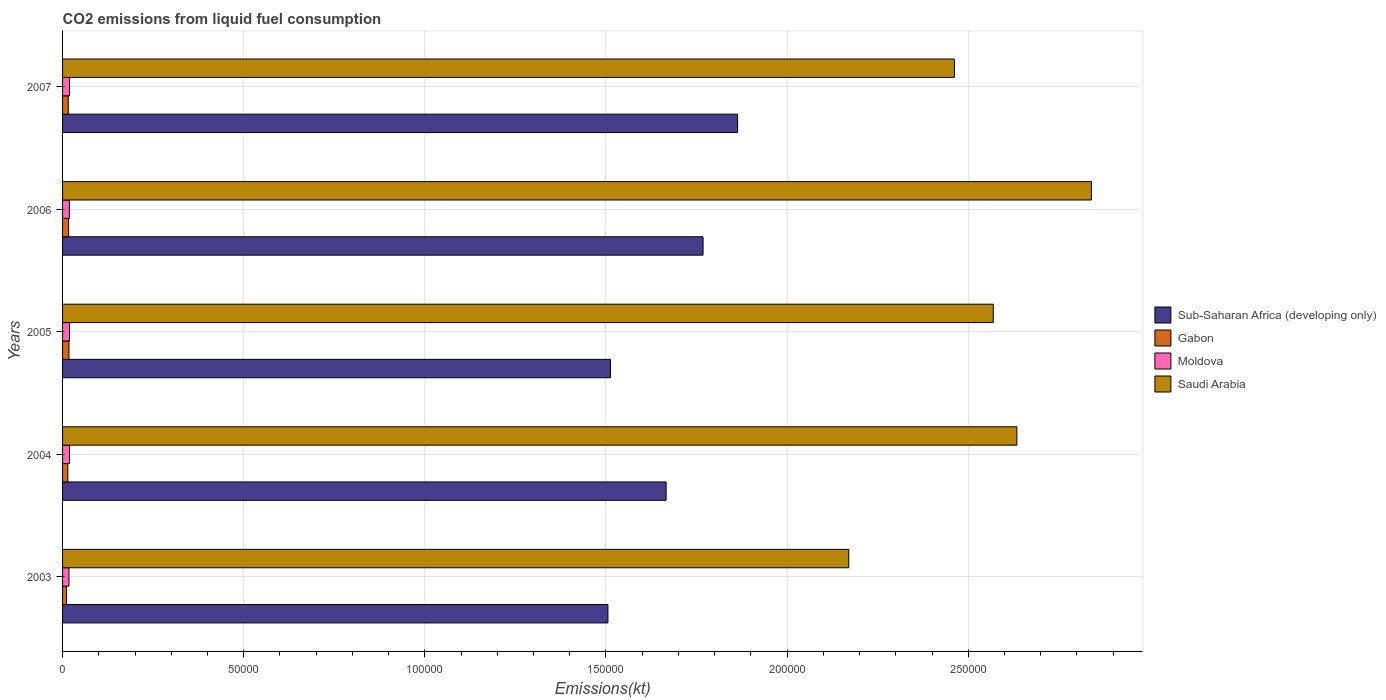
| Years | Sub-Saharan Africa (developing only) | Gabon | Moldova | Saudi Arabia |
 | --- | --- | --- | --- | --- |
 | 2003 | 1.51e+05 | 1.1e+03 | 1.77e+03 | 2.17e+05 |
 | 2004 | 1.67e+05 | 1.46e+03 | 1.91e+03 | 2.63e+05 |
 | 2005 | 1.51e+05 | 1.76e+03 | 1.92e+03 | 2.57e+05 |
 | 2006 | 1.77e+05 | 1.67e+03 | 1.87e+03 | 2.84e+05 |
 | 2007 | 1.86e+05 | 1.57e+03 | 1.93e+03 | 2.46e+05 |